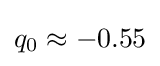
q_{0}\approx -0.55